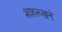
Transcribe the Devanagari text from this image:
शाहरूखने